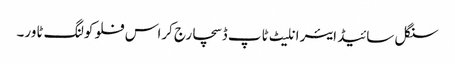
سنگل سائیڈ ایئر انلیٹ ٹاپ ڈسچارج کراس فلو کولنگ ٹاور۔